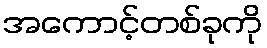
အကောင့်တစ်ခုကို